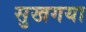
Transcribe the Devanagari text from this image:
सुखगया